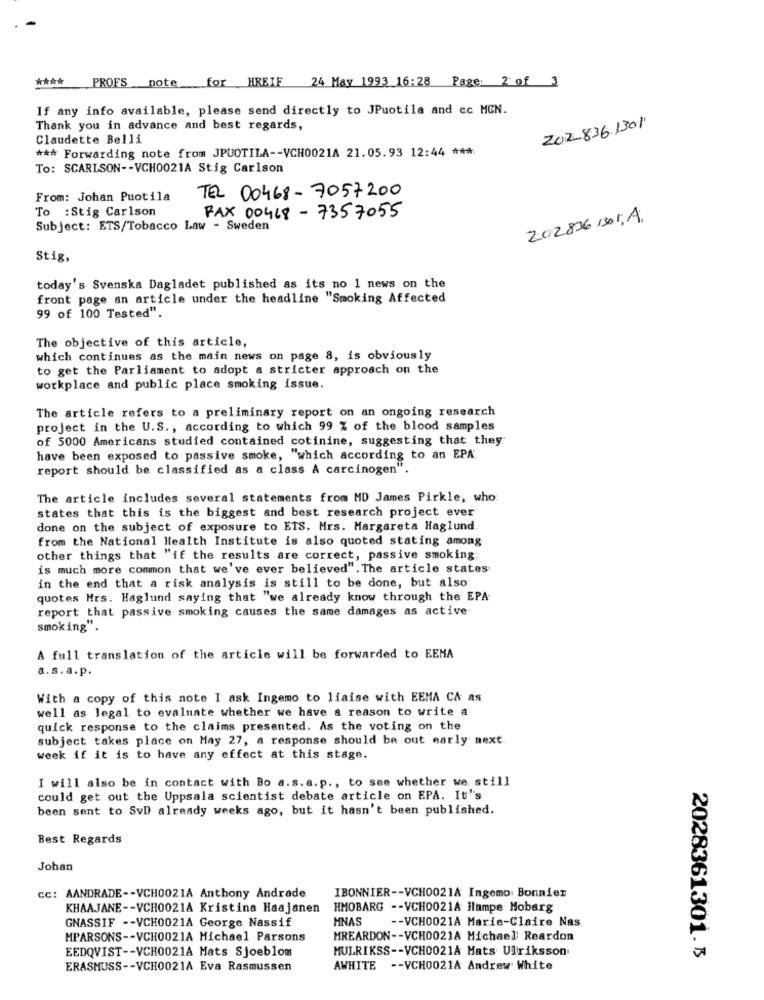
****
PROFS note for HREIF 24 May 1993 16:28 Page: 2 of 3
If any info available, please send directly to JPuotila and cc MON.
Thank you in advance and best regards,
202836.1301
Claudette Belli
*** Forwarding note from JPUOTILA -- VCH0021A 21.05.93 12:44 ***
To: SCARLSON -- VCH0021A Stig Carlson
TEL 00468- 7057200
From: Johan Puotila
To : Stig Carlson
FAX 00468 - 7357055
202836 1301; A.
Subject: ETS/Tobacco Law - Sweden
Stig,
today's Svenska Dagladet published as its no 1 news on the
front page an article under the headline "Smoking Affected
99 of 100 Tested".
The objective of this article,
which continues as the main news on page 8, is obviously
to get the Parliament to adopt a stricter approach on the
workplace and public place smoking issue.
The article refers to a preliminary report on an ongoing research
project in the U.S ., according to which 99 % of the blood samples
of 5000 Americans studied contained cotinine, suggesting that they
have been exposed to passive smoke, "which according to an EPA.
report should be classified as a class A carcinogen".
The article includes several statements from MD James Pirkle, who:
states that this is the biggest and best research project ever
done on the subject of exposure to ETS. Mrs. Margareta Haglund
from the National Health Institute is also quoted stating among
other things that "if the results are correct, passive smoking;
is much more common that we've ever believed". The article states
in the end that a risk analysis is still to be done, but also:
quotes Hrs. Haglund saying that "we already know through the EPA-
report that passive smoking causes the same damages as active
smoking".
A full translation of the article will be forwarded to EEMA
a.s.a.p.
With a copy of this note I ask Ingemo to liaise with EEMA CA as
well as legal to evaluate whether we have a reason to write a
quick response to the claims presented. As the voting on the
subject takes place on May 27, a response should be out early next
week if it is to have any effect at this stage.
I will also be in contact with Bo a.s.a.p ., to see whether we still
could get out the Uppsala scientist debate article on EPA. It's
been sent to SvD already weeks ago, but it hasn't been published.
Best Regards
Johan
cc: AANDRADE -- VCH0021A Anthony Andrade
IBONNIER -- VCH0021A Ingemo: Bonnier
KHAAJANE -- VCH0021A Kristina Haajanen
HMOBARG -- VCH0021A Hlampe Mobarg
GNASSIF -- VCH0021A George Nassif
MNAS
-- VCH0021A Marie-Claire Nas
MPARSONS -- VCH0021A Michael Parsons
MREARDON -- VCH0021A Michael Reardon
EEDQVIST -- VCH0021A Mats Sjoeblom
MULRIKSS -- VCH0021A Mats Ulriksson
2028361301.3
ERASMUSS -- VCH0021A Eva Rasmussen
AWHITE -- VCH0021A Andrew White